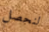
لنحصل